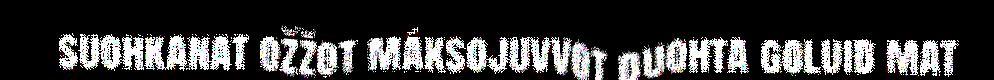
suohkanat ožžot máksojuvvot duohta goluid mat